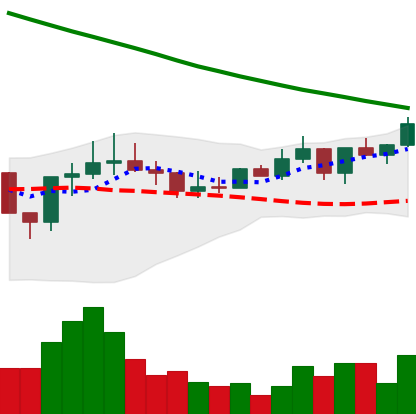
Ticker: ADA-USD
Chart end date: 2022-08-13
Forward return: -8.428%
Label: down_7plus